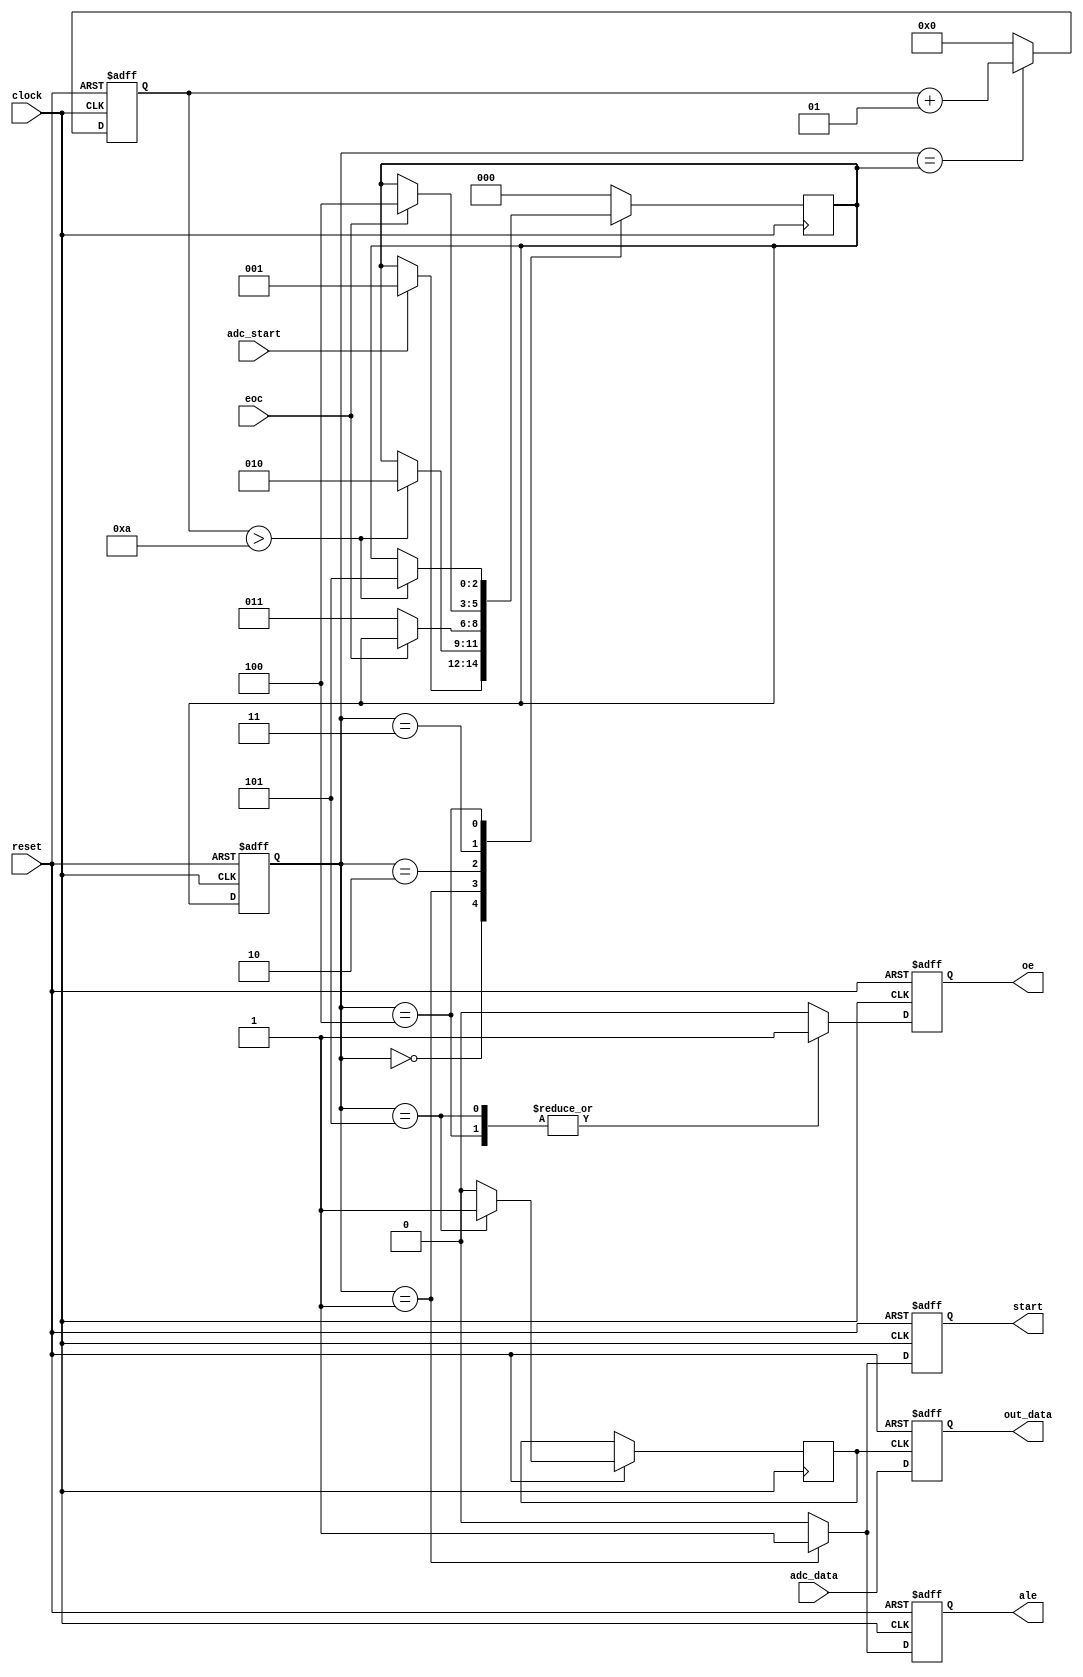
module adcFSM(reset, adc_start, eoc, adc_data, clock, oe, ale, start, out_data);
 input reset, clock, adc_start, eoc;
 input [7:0] adc_data;
 output oe, ale, start;
 output [7:0] out_data;
 
 reg oe, ale, start;
 reg [7:0] out_data;
 
 parameter idle=3'h0, starting=3'h1, waiting=3'h2;
 parameter converting=3'h3, done=3'h4, reading=3'h5;
 reg [2:0] p_state, n_state;
 reg readData;
 integer dly;
 
 always @(negedge reset or posedge clock)
 begin : ChangeState
  if (reset == 0) begin
   p_state = idle;
  end else
   p_state = n_state;
 end
 
 always @(negedge reset or posedge clock)
 begin
  if (reset == 0) begin
   dly=0;
  end else begin
   if (p_state == n_state) dly=dly+1;
	else dly=0;
  end
 end
 
 always @(posedge clock)
 begin : Gen_NextState
  case (p_state)
   idle :
	 if (adc_start == 1) n_state=starting;
	starting :
	 if (dly>10) n_state=waiting;
	waiting :
	 if (eoc == 0) n_state=converting;
	converting :
	 if (eoc == 1) n_state=done;
	done :
	 if (dly>10) n_state=reading; 
	reading :
	 n_state = idle;
	default :
	 n_state = idle;
	endcase
 end
 
 always @(negedge reset or posedge clock)
 begin : Gen_ADCSignal
  if (reset == 0) begin
   ale=0; start=0; oe=0;
  end else begin
   case(p_state)
	 idle : begin
	  ale=0; start=0; oe=0; readData=0;
	 end
	 starting : begin
	  ale=1; start=1; oe=0; readData=0;
	 end
	 waiting : begin
	  ale=0; start=0; oe=0; readData=0;
	 end
	 converting : begin
	  ale=0; start=0; oe=0; readData=0;
	 end
	 done : begin
	  ale=0; start=0; oe=1; readData=0;
	 end
	 reading : begin
	  ale=0; start=0; oe=1; readData=1;
	 end
	 default : begin
	  ale=0; start=0; oe=0; readData=0;
	 end
	endcase
  end
 end
 
 always @(negedge reset or posedge readData)
 begin : Gen_OutputData
  if (reset == 0)
   out_data = 8'b00000000;
  else
   out_data = adc_data;
  end
 endmodule